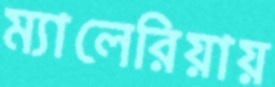
ম্যালেরিয়ায়